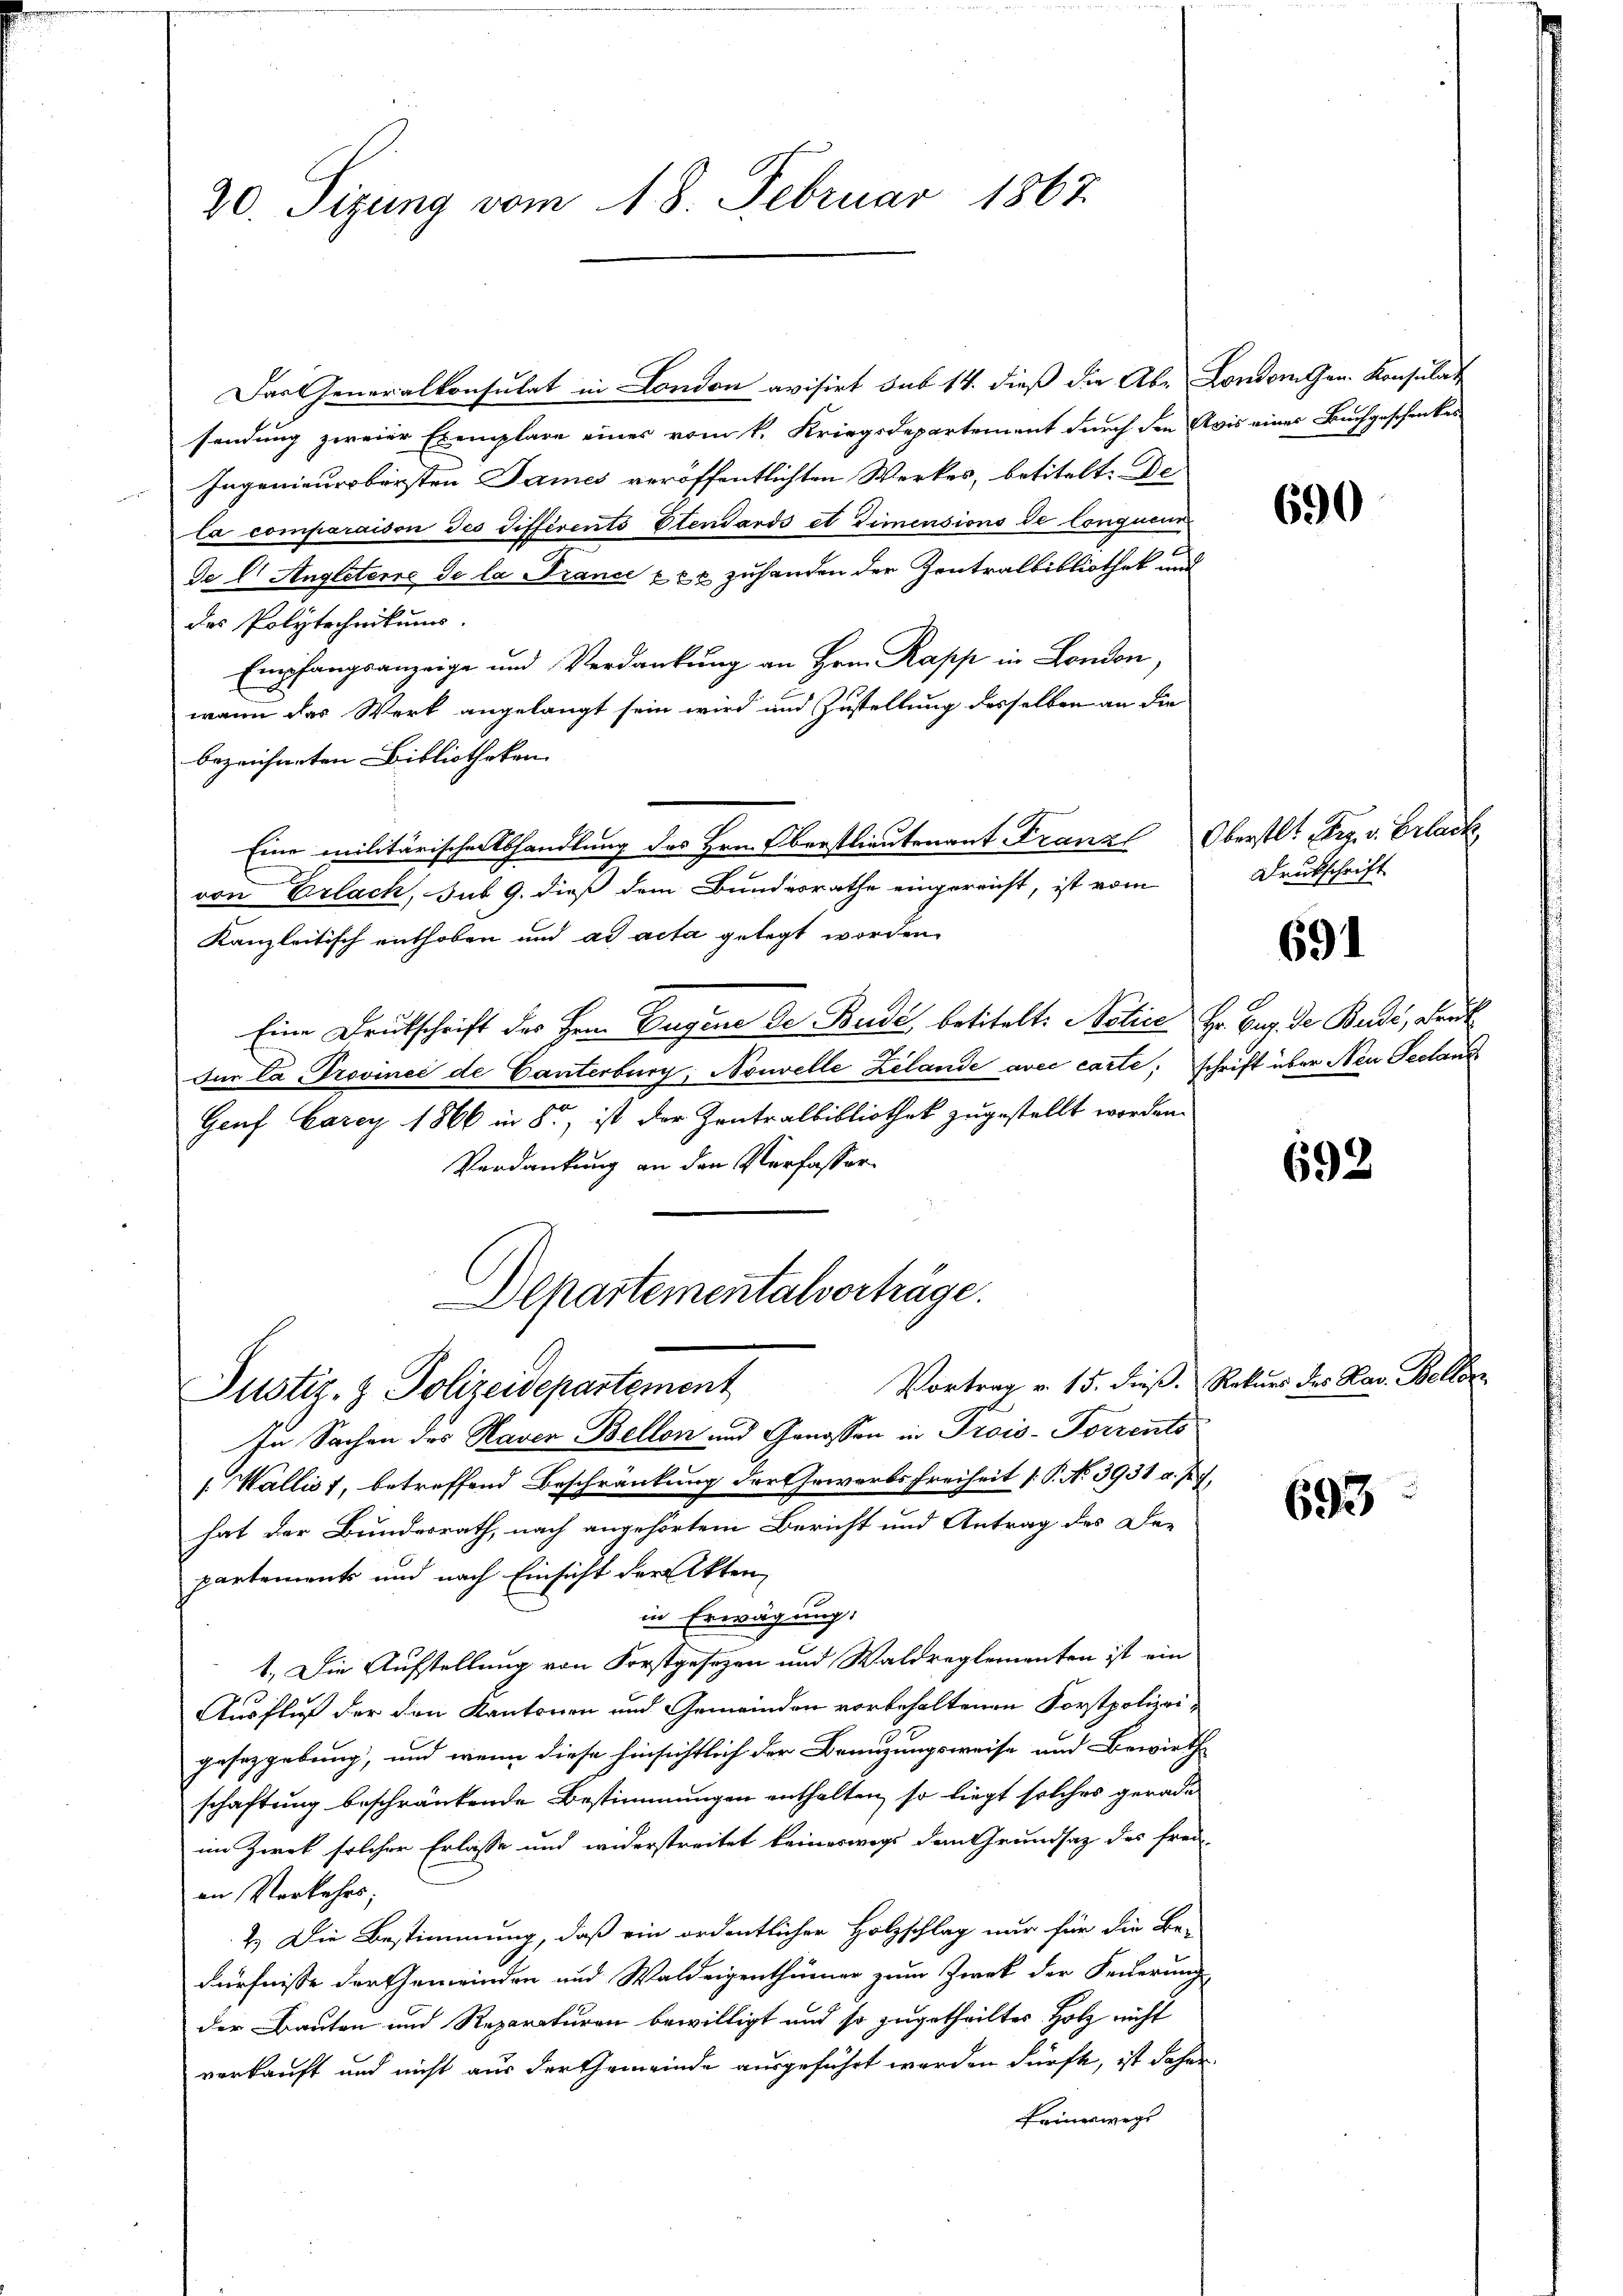
20. Sizung vom 18. Februar 1867

Das Generalkonsulat in London avisirt sub 14. dieß die Ab- London Gen. Konsulat
sendung zweier Exemplare eines vom k. Kriegsdepartement durch den Avis eines Buchgeschenkes
Ingenieursbersten James veröffentlichten Werkes, betitelt. De
la comparaison des différents Elendards et Dimensions de longueur
De l. Angleterre de la Trance xxx zuhanden der Zentralbibliothek und
des Polytechnikums.
Empfangsanzeige und Verdankung an Hrn. Rapp in London,
wann das Werk angelangt sein wird und Zustellung desselben an die
bezeichneten Bibliotheken
von Erlach, sub 9. dieß dem Bundesrathe eingereicht, ist vom
Kanzleitisch enthoben und ad acta gelegt worden.
Eine Drukschrift des Herrn Eugene de Bude, betitelt: Notice Hr. Aug. de Bude, Druck
Für la Provincé de Ganterburg, Nouvelle Zelande avec carte, schrift über Neu Seeland
Genf Carez 1866 in 8, ist der Zentralbibliothek zugestellt worden.
Verdankung an den Verfasser¬
Departementalvorträge.
Vortrag v. 15. dieß. Rekurs des Hav. Beller
Justiz- & Polizeidepartement
In Sachen des Haver Bellen und Genossen in Prois-Forrents
1. Wallis, betreffend Beschränkung der Gewerbsfreiheit [P. No 3931 v. J. J.
hat der Bundesrath, nach angehörtem Bericht und Antrag des De-
partements und nach Einsicht der Akten,
in Erwägung:
1.) Die Aufstellung von Forstgesezen und Waldreglementen ist ein
Ausfluß der den Kantonen und Gemeinden vorbehaltenen Forstpolizeigesetzgebung, und wenn diese hinsichtlich der Benuzungsweise und Bewirth-
schaftung beschränkende Bestimmungen enthalten, so liegt solches gerade
im Zwek solcher Erlasse und widerstreitet keineswegs dem Grundsatz des freie
an Verkehrs;
2.) Die Bestimmung, daß ein ordentlicher Holzschlag nur für die Be-
dürfnisse der Gemeinden und Waldeigenthümer zum Zwek der Feuerung
der Bauten und Reparaturen bewilligt und so zugetheiltes Holz nicht
verkauft und nicht aus der Gemeinde ausgeführt werden dürfte, ist daher
keineswegs

Eine militärischen Abhandlung des Hrn. Oberstlieutenant Franzl Oberstl. Frz. v. Erlack

690

Drukschrift

691

692

693